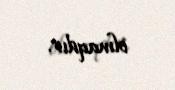
olmaqdır.